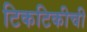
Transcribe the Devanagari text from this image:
टिकटिकीची